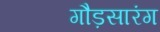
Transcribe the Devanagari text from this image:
गौड़सारंग